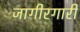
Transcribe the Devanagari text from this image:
जागीरगारी